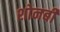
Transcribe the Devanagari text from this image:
शोनबी